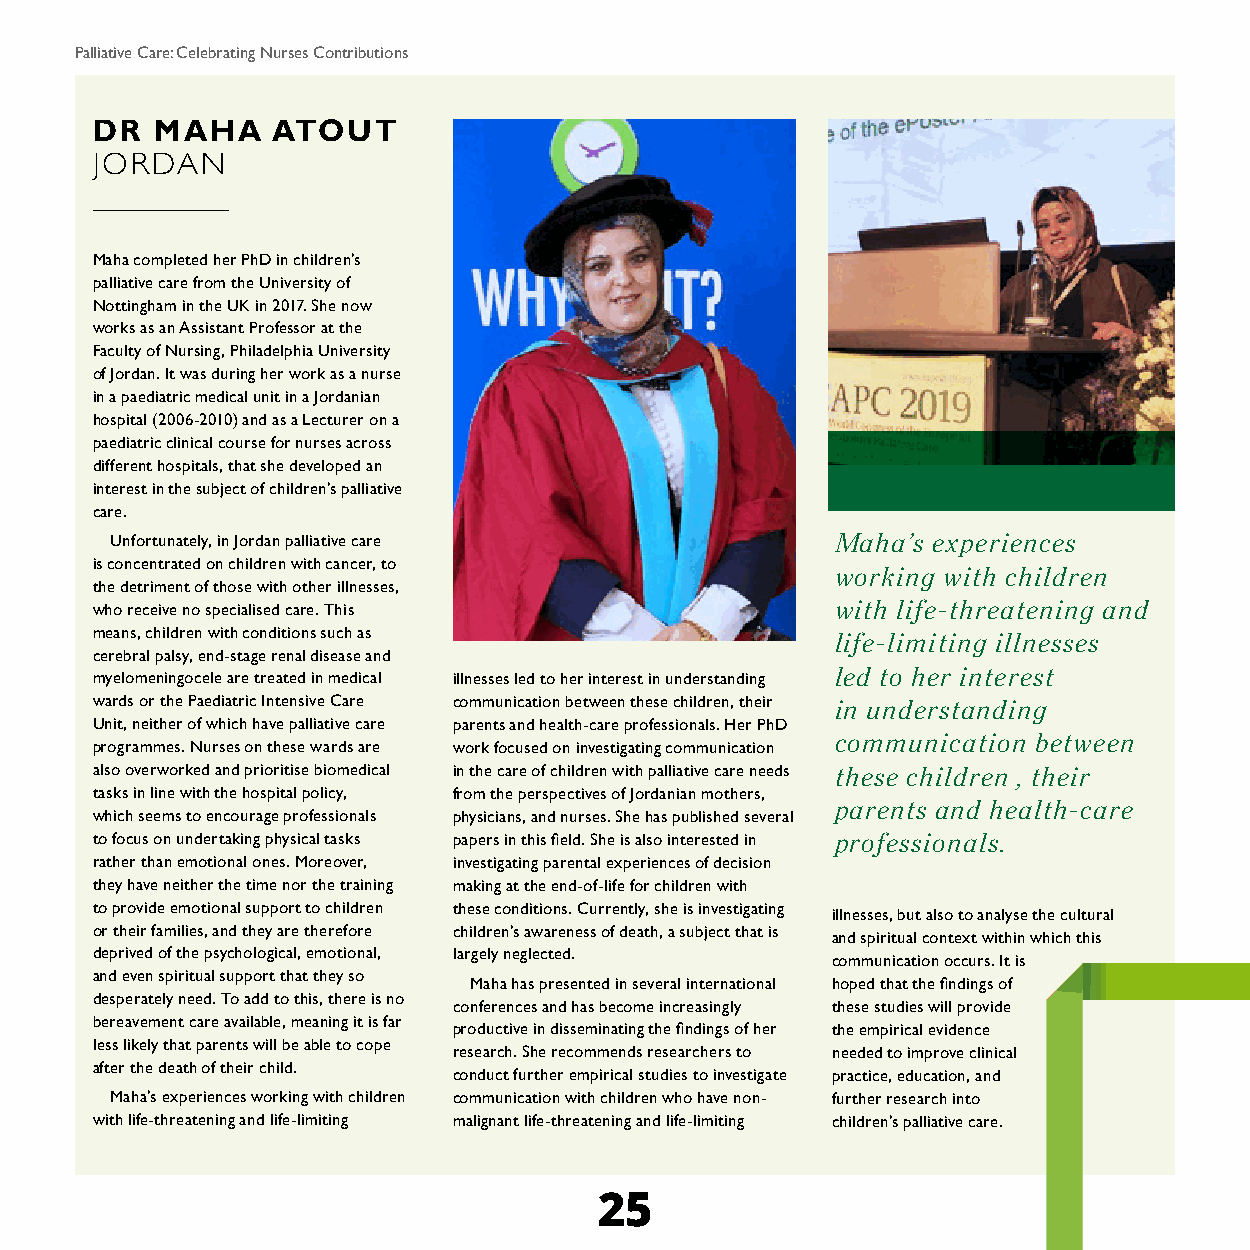
Palliative Care: Celebrating Nurses Contributions
 DR  MAHA    ATOUT
 JORDAN
 Maha completed her PhD in children’s
 palliative care from the University of
 Nottingham in the UK in 2017. She now
 works as an Assistant Professor at the
 Faculty of Nursing, Philadelphia University
 of Jordan. It was during her work as a nurse
 in a paediatric medical unit in a Jordanian
 hospital (2006-2010) and as a Lecturer on a
 paediatric clinical course for nurses across
 different hospitals, that she developed an
 interest in the subject of children’s palliative
 care.
 Unfortunately, in Jordan palliative care        Maha’s experiences
 is concentrated on children with cancer, to
 working with children
 the detriment of those with other illnesses,
 who receive no specialised care. This            with life-threatening and
 means, children with conditions such as
 life-limiting illnesses
 cerebral palsy, end-stage renal disease and
 myelomeningocele are treated in medical illnesses led to her interest in understanding led to her interest
 wards or the Paediatric Intensive Care communication between these children, their in understanding
 Unit, neither of which have palliative care parents and health-care professionals. Her PhD
 communication between
 programmes. Nurses on these wards are work focused on investigating communication
 also overworked and prioritise biomedical in the care of children with palliative care needs these children , their
 tasks in line with the hospital policy, from the perspectives of Jordanian mothers,
 parents and health-care
 which seems to encourage professionals physicians, and nurses. She has published several
 to focus on undertaking physical tasks papers in this field. She is also interested in professionals.
 rather than emotional ones. Moreover, investigating parental experiences of decision
 they have neither the time nor the training making at the end-of-life for children with
 to provide emotional support to children these conditions. Currently, she is investigating
 illnesses, but also to analyse the cultural
 or their families, and they are therefore children’s awareness of death, a subject that is
 and spiritual context within which this
 deprived of the psychological, emotional, largely neglected.
 communication occurs. It is
 and even spiritual support that they so
 Maha has presented in several international hoped that the findings of
 desperately need. To add to this, there is no
 conferences and has become increasingly these studies will provide
 bereavement care available, meaning it is far
 productive in disseminating the findings of her the empirical evidence
 less likely that parents will be able to cope
 research. She recommends researchers to needed to improve clinical
 after the death of their child.
 conduct further empirical studies to investigate practice, education, and
 Maha’s experiences working with children communication with children who have non- further research into
 with life-threatening and life-limiting malignant life-threatening and life-limiting children’s palliative care.
 25